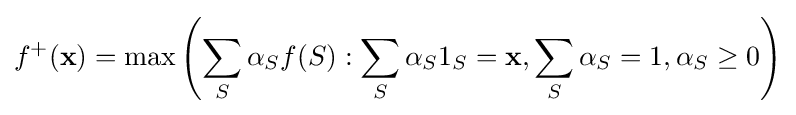
f^{+}(\mathbf {x} )=\max \left(\sum _{S}\alpha _{S}f(S):\sum _{S}\alpha _{S}1_{S}=\mathbf {x} ,\sum _{S}\alpha _{S}=1,\alpha _{S}\geq 0\right)